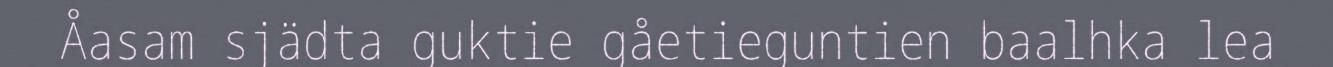
Åasam sjädta guktie gåetieguntien baalhka lea